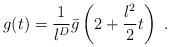
\begin{align*}g(t) = \frac{1}{l^D } \bar{g} \left( 2+\frac{l^2 }{2} t \right) \ .\end{align*}